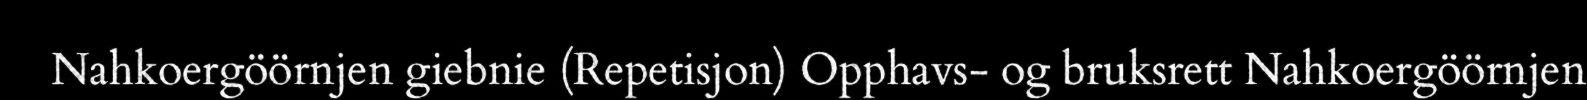
Nahkoergöörnjen giebnie (Repetisjon) Opphavs- og bruksrett Nahkoergöörnjen